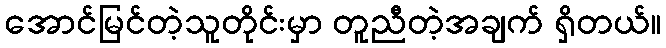
အောင်မြင်တဲ့သူတိုင်းမှာ တူညီတဲ့အချက် ရှိတယ်။